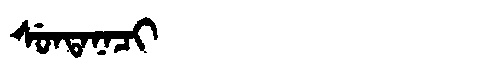
Manchu: ᠰᡠᠨᡨᠠᠨᠠᠴᡳ
Romanization: SUNTANACI